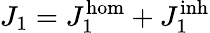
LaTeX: {J_{1}={J_{1}^{\mathrm{{hom}}}}+{J_{1}^{\mathrm{{inh}}}}}